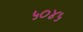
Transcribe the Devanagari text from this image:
५०४५